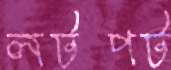
লটপট